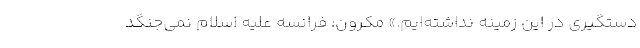
دستگیری در این زمینه نداشته‌ایم.» مکرون: فرانسه علیه اسلام نمی‌جنگد